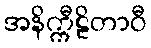
အနိက္ကီဠိတာဝီ